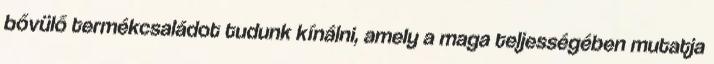
bővülő termékcsaládot tudunk kínálni, amely a maga teljességében mutatja